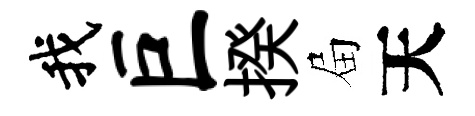
我巨揆屇天